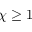
\chi \geq 1